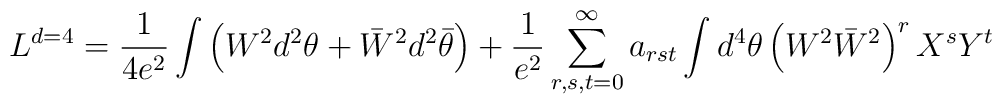
L^{d=4} =\frac{1}{4e^2}\int\left( W^2 d^2\theta  + \bar W^2  d^2\bar  \theta\right) +\frac{1}{e^2}\sum_{r,s,t=0}^\infty a_{rst}\int d^4\theta \left(W^2\bar W^2\right)^r X^s Y^t